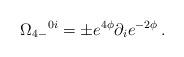
LaTeX: \begin{align*}\Omega_{4 - }{}^{0i} = \pm e^{4\phi} \partial _i e^{-2\phi} \, .\end{align*}